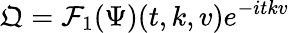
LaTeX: \mathfrak{Q}=\mathcal{F}_{1}(\Psi)(t,k,v)e^{-itkv}